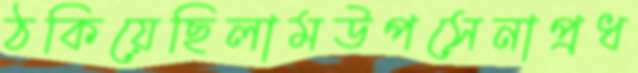
ঠকিয়েছিলামউপসেনাপ্রধ